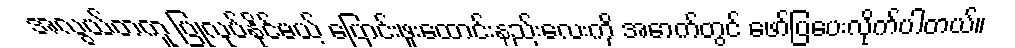
အလွယ်တကူ ပြုလုပ်နိုင်မယ့် ပြောင်းဖူးထောင်းနည်းလေးကို အောက်တွင် ဖော်ပြပေးလိုက်ပါတယ်။